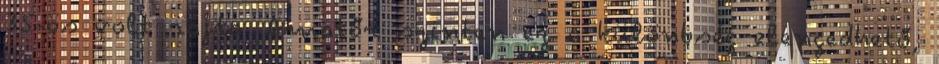
35-ös volt rajta. Amatőr szinten ez a különbség elengedhető,